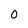
Character: 0